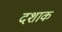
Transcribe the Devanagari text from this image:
दशाक